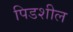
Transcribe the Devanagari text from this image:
पिडशील